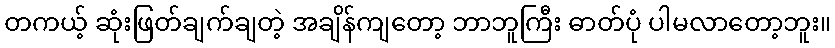
တကယ့် ဆုံးဖြတ်ချက်ချတဲ့ အချိန်ကျတော့ ဘာဘူကြီး ဓာတ်ပုံ ပါမလာတော့ဘူး။